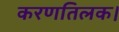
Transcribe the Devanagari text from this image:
करणतिलक।